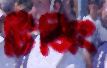
টিজিং